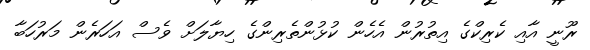
ރޫނީ އާއި ކެރިކްގެ އިތުރުން އެހެން ކުޅުންތެރިންގެ ހިޔާލަށް ވެސް އަހަރެން މަރުހަބާ